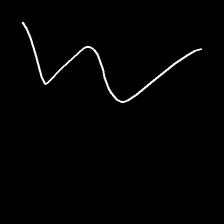
Glyph: crush